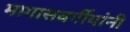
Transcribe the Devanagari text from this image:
मागासवर्गीयांनी